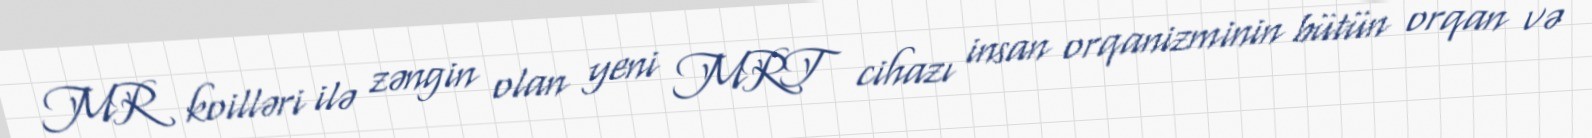
MR koilləri ilə zəngin olan yeni MRT cihazı insan orqanizminin bütün orqan və